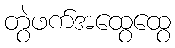
တွဲဖက်အထွေထွေ